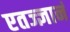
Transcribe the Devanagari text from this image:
एतज्ज्ञानं